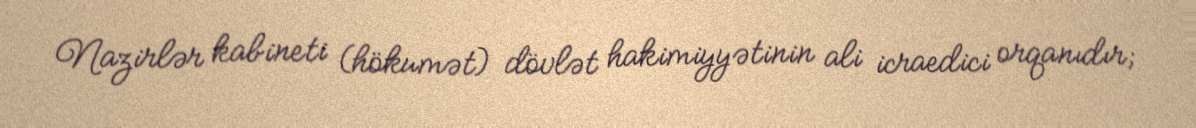
Nazirlər kabineti (hökumət) dövlət hakimiyyətinin ali icraedici orqanıdır;